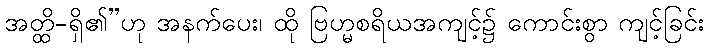
အတ္ထိ-ရှိ၏”ဟု အနက်ပေး၊ ထို ဗြဟ္မစရိယအကျင့်၌ ကောင်းစွာ ကျင့်ခြင်း